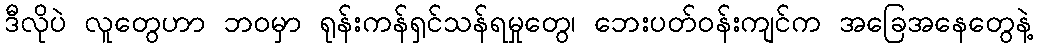
ဒီလိုပဲ လူတွေဟာ ဘဝမှာ ရုန်းကန်ရှင်သန်ရမှုတွေ၊ ဘေးပတ်ဝန်းကျင်က အခြေအနေတွေနဲ့